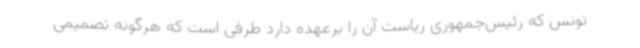
تونس که رئیس‌جمهوری ریاست آن را برعهده دارد طرفی است که هرگونه تصمیمی